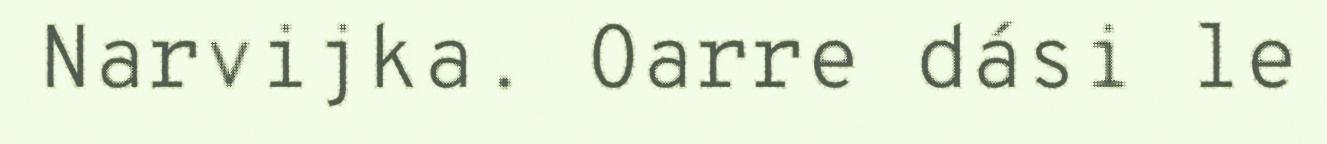
Narvijka. Oarre dási le